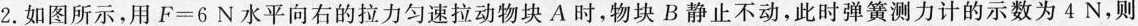
2.如图所示，用F=6N水平向右的拉力匀速拉动物块A时，物块B静止不动，此时弹簧测力计的示数为4N，则